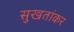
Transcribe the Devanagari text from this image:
सुखतांकर